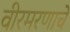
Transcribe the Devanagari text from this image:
वीरमरणाचे